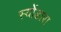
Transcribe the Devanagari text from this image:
स्योंडारा